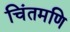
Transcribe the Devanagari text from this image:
चिंतमणि